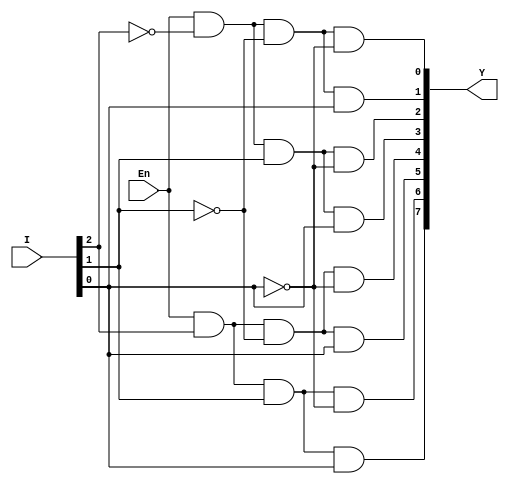
module decoder_3x8_df (Y,I,En);

input [2:0]I;
input En;
output [7:0]Y;

assign Y = {En & I[2] & I[1] & I[0],
            En & I[2] & I[1] & ~I[0],
            En & I[2] & ~I[1] & I[0],
            En & I[2] & ~I[1] & ~I[0],
            En & ~I[2] & I[1] & I[0],
            En & ~I[2] & I[1] & ~I[0],
            En & ~I[2] & ~I[1] & I[0],
            En & ~I[2] & ~I[1] & ~I[0]};

endmodule